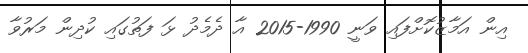
އިން އަމާޒުކޮށްފައި ވަނީ 1990-2015 އާ ދެމެދު ޅަ ފަތުގައި ކުދިން މަރުވާ